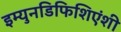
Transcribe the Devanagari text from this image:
इम्युनडिफिशिएंशी